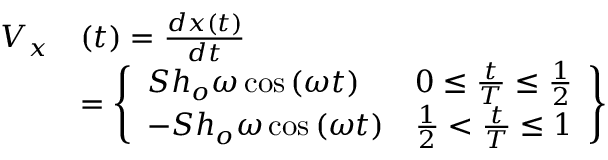
\begin{array} { r l } { V _ { x } } & { ( t ) = \frac { d x ( t ) } { d t } } \\ & { = \left\lbrace \begin{array} { l l } { S h _ { o } \omega \cos \left( \omega t \right) } & { 0 \leq \frac { t } { T } \leq \frac { 1 } { 2 } } \\ { - S h _ { o } \omega \cos \left( \omega t \right) } & { \frac { 1 } { 2 } < \frac { t } { T } \leq 1 } \end{array} \right\rbrace } \end{array}